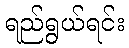
ရည်ရွယ်ရင်း